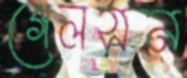
গেলসন